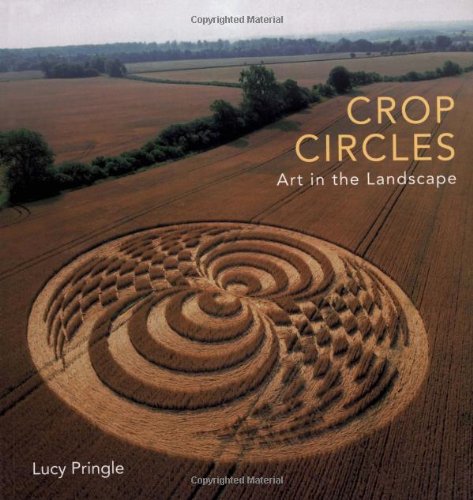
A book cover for Crop Circles: Art in the Landscape; Arts & Photography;